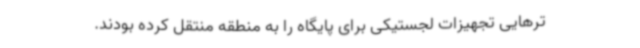
ترهایی تجهیزات لجستیکی برای پایگاه را به منطقه منتقل کرده‌ بودند.